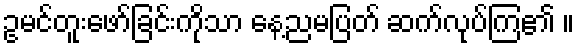
ဥမင်တူးဖော်ခြင်းကိုသာ နေ့ညမပြတ် ဆက်လုပ်ကြ၏ ။